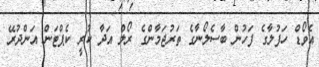
އެވޯޑް ހަފުލާގެ ފަހުން ބާސެލޯނާގެ ތަރުޖަމާންގެ ރޯލް އަދާ ކުރީ ކެޕްޓަން އަންދުރޭ